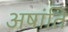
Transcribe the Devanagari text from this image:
अषांति